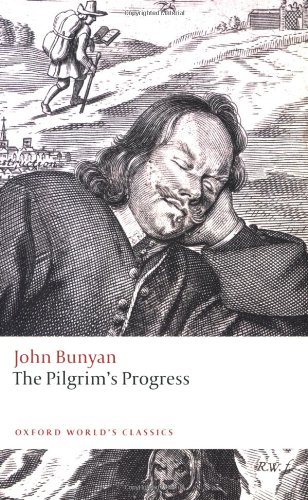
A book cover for The Pilgrim's Progress (Oxford World's Classics); John Bunyan; Christian Books & Bibles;